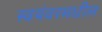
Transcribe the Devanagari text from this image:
स्वयंवरमधील